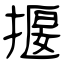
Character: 揠